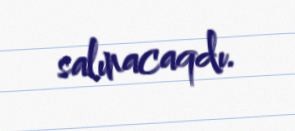
salınacaqdı.